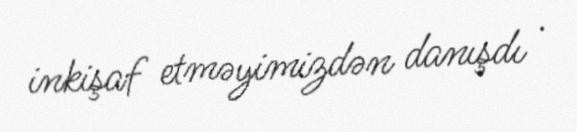
inkişaf etməyimizdən danışdı .